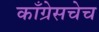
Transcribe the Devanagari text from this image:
काँग्रेसचेच